Lunatic asylums Madras 1877-1891 - 1877-1891
Year: 1877
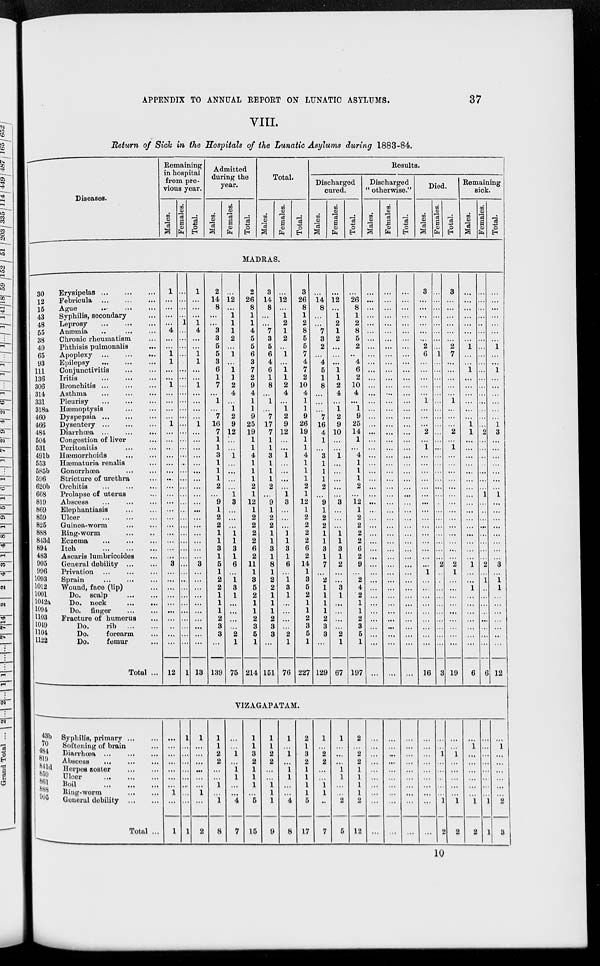
APPENDIX TO ANNUAL REPORT ON LUNATIC ASYLUMS.
37
VIII.
Return of Sick in the Hospitals of the Lunatic Asylums during 1883-84.
Diseases.
Remaining
in hospital
from pre-
vious year.
Males.
Females.
Total.
Admitted
during the
year.
Males.
Females.
Total.
Total.
Males.
Females.
Total.
Results.
Discharged
cured.
Males.
Females.
Total.
Discharged
" otherwise."
Males.
Females.
Total.
Died.
Males.
Females.
Total.
Remaining
sick.
Males.
Females.
Total.
MADRAS.
30
12
15
43
48
55
38
49
65
93
111
136
306
314
331
318a
460
466
484
504
531
491b
553
585b
596
620b
668
819
869
859
825
888
843d
894
483
905
996
1093
1012
1001
1042a
1094
1103
1049
1104
1122
Erysipelas ... ... ...
Febricula ... ... ...
Ague ... ... ...
Syphilis, secondary ...
Leprosy
... ... ...
Anæmia ... ... ...
Chronic rheumatism ...
Phthisis pulmonalis
...
Apoplexy ... ... ...
Epilepsy ... ... ...
Conjunctivitis ... ...
Iritis ... ... ...
Bronchitis ... ... ...
Asthma
... ... ...
Pleurisy ... ... ...
Hæmoptysis ... ...
Dyspepsia ... ... ...
Dysentery ... ... ...
Diarrhœa ...
...
...
Congestion of liver ...
Peritonitis ... ...
Hæmorrhoids ... ...
Hæmaturia renalis ...
Gonorrhœa ... ...
Stricture of urethra ...
Orchitis ... ... ...
Prolapse of uterus ...
Abscess ... ... ...
Elephantiasis ... ...
Ulcer ... ... ...
Guinea-worm ... ...
Ring-worm ... ...
Eczema ... ... ...
Itch
...
...
...
Ascaris lumbricoides ...
General debility ... ...
Privation ... ... ...
Sprain ... ... ...
Wound, face (lip) ...
Do. scalp ... ...
Do. neck ... ...
Do. finger ... ...
Fracture of humerus ...
Do.
rib ... ...
Do.
forearm ...
Do.
femur ...
Total ...
1
...
...
...
...
4
...
...
1
1
...
...
1
...
...
...
...
1
...
...
...
...
...
...
...
...
...
...
...
...
...
...
...
...
...
3
...
...
...
...
...
...
...
...
...
...
12
...
...
...
...
1
...
...
...
...
...
...
...
...
...
...
...
...
...
...
...
...
...
...
...
...
...
...
...
...
...
...
...
...
...
...
...
...
...
...
...
...
...
...
...
...
...
1
1
...
...
...
1
4
...
...
1
1
...
...
1
...
...
...
...
1
...
...
...
...
...
...
...
...
...
...
...
...
...
...
...
...
...
3
...
...
...
...
...
...
...
...
...
...
13
2
14
8
...
...
3
3
5
5
3
6
1
7
...
1
...
7
16
7
1
1
3
1
1
1
2
...
9
1
2
2
1
1
3
1
5
1
2
2
1
1
1
2
3
3
...
129
...
12
...
1
1
1
2
...
1
...
1
1
2
4
...
1
2
9
12
...
...
1
...
...
...
...
1
3
...
...
...
1
1
3
1
6
...
1
3
1
...
...
...
...
2
1
75
2
26
8
1
1
4
5
5
6
3
7
2
9
4
1
1
9
25
19
1
1
4
1
1
1
2
1
12
1
2
2
2
2
6
2
11
1
3
5
2
1
1
2
3
6
1
214
3
14
8
...
...
7
3
5
6
4
6
1
8
...
1
...
7
17
7
1
1
3
1
1
1
2
...
9
1
2
2
1
1
3
1
8
1
2
2
1
1
1
2
3
3
...
151
...
12
...
1
2
1
2
...
1
...
1
1
2
4
...
1
2
9
12
...
...
1
...
...
...
...
1
3
...
...
...
1
1
3
1
6
...
1
3
1
...
...
...
...
2
1
76
3
26
8
1
2
8
5
5
7
4
7
2
10
4
1
1
9
26
19
1
1
4
1
1
1
2
1
12
1
2
2
2
2
6
2
14
1
3
5
2
1
1
2
3
5
1
227
...
14
8
...
...
7
3
2
...
4
5
1
8
...
...
...
7
16
4
1
...
3
1
1
1
2
...
9
1
2
2
1
1
3
1
7
...
2
1
1
1
1
2
3
3
...
129
...
12
...
1
2
1
2
...
...
...
1
1
2
4
...
1
2
9
10
...
...
1
...
...
...
...
...
3
...
...
...
1
1
3
1
2
...
...
3
1
...
...
...
...
2
1
67
...
26
8
1
2
8
5
2
...
4
6
2
10
4
...
1
9
25
14
1
...
4
1
1
1
2
...
12
1
2
2
2
2
6
2
9
...
2
4
2
1
1
2
3
5
1
197
...
...
...
...
...
...
...
...
...
...
...
...
...
...
...
...
...
...
...
...
...
...
...
...
...
...
...
...
...
...
...
...
...
...
...
...
...
...
...
...
...
...
...
...
...
...
...
...
...
...
...
...
...
...
...
...
...
...
...
...
...
...
...
...
...
...
...
...
...
...
...
...
...
...
...
...
...
...
...
...
...
...
...
...
...
...
...
...
...
...
...
...
...
...
...
...
...
...
...
...
...
...
...
...
...
...
...
...
...
...
...
...
...
...
...
...
...
...
...
...
...
...
...
...
...
...
...
...
...
...
...
...
...
...
...
...
...
...
...
...
...
3
...
...
...
...
...
...
2
6
...
...
...
...
...
1
...
...
...
2
...
1
...
...
...
...
...
...
...
...
...
...
...
...
...
...
...
1
...
...
...
...
...
...
...
...
...
16
...
...
...
...
...
...
...
...
1
...
...
...
...
...
...
...
...
...
...
...
...
...
...
...
...
...
...
...
...
...
...
...
...
...
...
2
...
...
...
...
...
...
...
...
...
...
3
3
...
...
...
...
...
...
2
7
...
...
...
...
...
1
...
...
...
2
...
1
...
...
...
...
...
...
...
...
...
...
...
...
...
...
2
1
...
...
...
...
...
...
...
...
...
19
...
...
...
...
...
...
...
1
...
...
1
...
...
...
...
...
...
1
1
...
...
...
...
...
...
...
...
...
...
...
...
...
...
...
...
1
...
...
1
...
...
...
...
...
...
...
6
...
...
...
...
...
...
...
...
...
...
...
...
...
...
...
...
...
...
2
...
...
...
...
...
...
...
1
...
...
...
...
...
...
...
...
2
...
1
...
...
...
...
...
...
...
...
6
...
...
...
...
...
...
...
1
...
...
1
...
...
...
...
...
...
1
3
...
...
...
...
...
...
...
1
...
...
...
...
...
...
...
...
3
...
1
1
...
...
...
...
...
...
...
12
VIZAGAPATAM.
43b
70
484
819
841d
859
861
888
905
Syphilis, primary ... ...
Softening of brain ...
Diarrhœa ... ... ...
Abscess ... ... ...
Herpes zoster ... ...
Ulcer ... ... ...
Boil
...
...
...
Ring-worm ... ...
General debility ... ...
Total ...
...
...
...
...
...
...
...
1
...
1
1
...
...
...
...
...
...
...
...
1
1
...
...
...
...
...
...
1
...
2
1
1
2
2
...
...
1
...
1
8
...
...
1
...
1
1
...
...
4
7
1
1
3
2
1
1
1
...
5
15
1
1
2
2
...
...
1
1
1
9
1
...
1
...
1
1
...
...
4
8
2
1
3
2
1
1
1
1
5
17
1
...
2
2
...
...
1
1
...
7
1
...
...
...
1
1
...
...
2
5
2
...
2
2
1
1
1
1
2
12
...
...
...
...
...
...
...
...
...
...
...
...
...
...
...
...
...
...
...
...
...
...
...
...
...
...
...
...
...
...
...
...
...
...
...
...
...
...
...
...
...
...
1
...
...
...
...
...
1
2
...
...
1
...
...
...
...
...
1
2
...
1
...
...
...
...
...
...
1
2
...
...
...
...
...
...
...
...
1
1
...
1
...
...
...
...
...
...
2
3
10